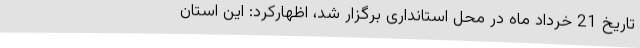
تاریخ 21 خرداد ماه در محل استانداری برگزار شد، اظهارکرد: این استان